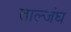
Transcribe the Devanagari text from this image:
ताल्जंघ